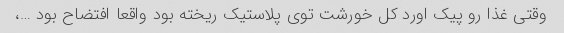
وقتی غذا رو پیک اورد کل خورشت توی پلاستیک ریخته بود واقعا افتضاح بود …،